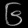
Digit: ၆